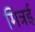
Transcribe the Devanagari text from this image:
मित्रई